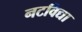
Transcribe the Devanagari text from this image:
नटविद्या